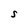
Character: S